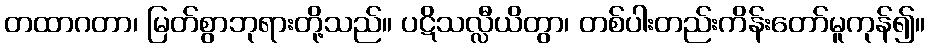
တထာဂတာ၊ မြတ်စွာဘုရားတို့သည်။ ပဋိသလ္လီယိတွာ၊ တစ်ပါးတည်းကိန်းတော်မူကုန်၍။